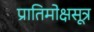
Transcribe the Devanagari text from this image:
प्रातिमोक्षसूत्र